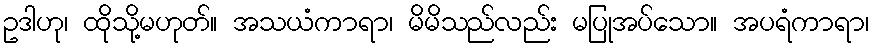
ဥဒါဟု၊ ထိုသို့မဟုတ်။ အသယံကာရာ၊ မိမိသည်လည်း မပြုအပ်သော။ အပရံကာရာ၊